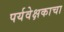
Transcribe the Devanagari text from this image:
पर्यवेक्षकाचा